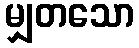
မျှတသော